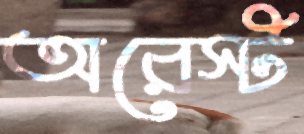
অরেস্ট